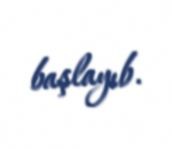
başlayıb.